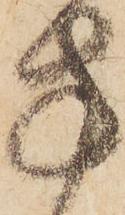
方